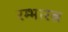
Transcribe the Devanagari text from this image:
रम्भारत्न